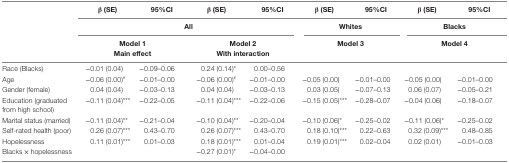
|  | β (SE) | 95%CI | β (SE) | 95%CI | β (SE) | 95%CI | β (SE) | 95%CI |
 |  | <COLSPAN=4> All | <COLSPAN=2> Whites | <COLSPAN=2> Blacks |
 |  | <COLSPAN=2> Model 1Main effect | <COLSPAN=2> Model 2With interaction | <COLSPAN=2> Model 3 | <COLSPAN=2> Model 4 |
 | --- | --- | --- | --- | --- | --- | --- | --- | --- |
 | Race (Blacks) | −0.01 (0.04) | −0.09–0.06 | 0.24 (0.14)* | 0.00–0.56 |  |  |  |  |
 | Age | −0.06 (0.00)# | −0.01–0.00 | −0.06 (0.00)# | −0.01–0.00 | −0.05 (0.00) | −0.01–0.00 | −0.05 (0.00) | −0.01–0.00 |
 | Gender (female) | 0.04 (0.04) | −0.03–0.13 | 0.04 (0.04) | −0.03–0.13 | 0.03 (0.05) | −0.07–0.13 | 0.06 (0.07) | −0.05–0.21 |
 | Education (graduated from high school) | −0.11 (0.04)*** | −0.22–0.05 | −0.11 (0.04)*** | −0.22–0.06 | −0.15 (0.05)*** | −0.28–0.07 | −0.04 (0.06) | −0.18–0.07 |
 | Marital status (married) | −0.11 (0.04)** | −0.21–0.04 | −0.10 (0.04)** | −0.20–0.04 | −0.10 (0.06)* | −0.25–0.02 | −0.11 (0.06)* | −0.25–0.02 |
 | Self-rated health (poor) | 0.26 (0.07)*** | 0.43–0.70 | 0.26 (0.07)*** | 0.43–0.70 | 0.18 (0.10)*** | 0.22–0.63 | 0.32 (0.09)*** | 0.48–0.85 |
 | Hopelessness | 0.11 (0.01)*** | 0.01–0.03 | 0.18 (0.01)*** | 0.01–0.04 | 0.19 (0.01)*** | 0.02–0.04 | 0.02 (0.01) | −0.01–0.03 |
 | Blacks × hopelessness |  |  | −0.27 (0.01)* | −0.04–0.00 |  |  |  |  |